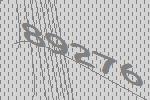
89276